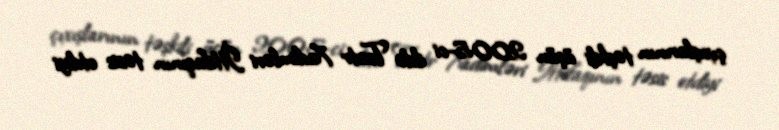
çıxışlarının təşkili üçün 2005-ci ildə Teatr Xadimləri İttifaqının təsis etdiyi